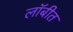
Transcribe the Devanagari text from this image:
लॉबीत